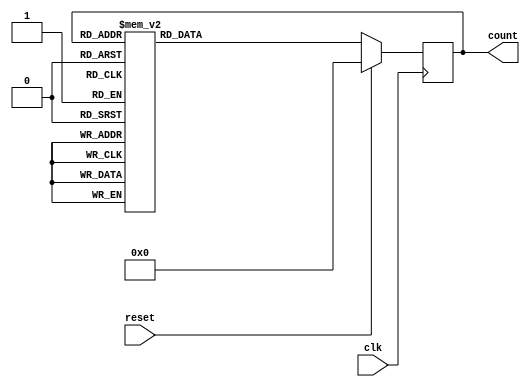

module dec_counter(count, clk, reset);

    output reg [3:0] count;
    input clk, reset;

    always @ ( posedge clk ) begin
        if (reset) count <= 4'd0;
        else begin
            case (count)
                4'd0: count <= 4'd1;
                4'd1: count <= 4'd2;
                4'd2: count <= 4'd3;
                4'd3: count <= 4'd4;
                4'd4: count <= 4'd5;
                4'd5: count <= 4'd6;
                4'd6: count <= 4'd7;
                4'd7: count <= 4'd8;
                4'd8: count <= 4'd9;
                4'd9: count <= 4'd10;
                4'd10: count <= 4'd0;
                default: count <= 4'b0;
            endcase
        end
    end

endmodule